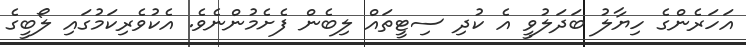
އަހަރެންގެ ހިޔާލު ބަދަލުވީ އެ ކުދި ސިޓީތައް ލިބެން ފެށެމުންނެވެ. އެކުވެރިކަމުގައި ލޯބީގެ